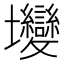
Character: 𡔖